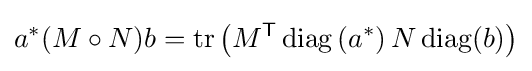
a^{*}(M\circ N)b=\operatorname {tr} \left(M^{\textsf {T}}\operatorname {diag} \left(a^{*}\right)N\operatorname {diag} (b)\right)